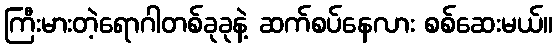
ကြီးမားတဲ့ရောဂါတစ်ခုခုနဲ့ ဆက်စပ်နေလား စစ်ဆေးမယ်။